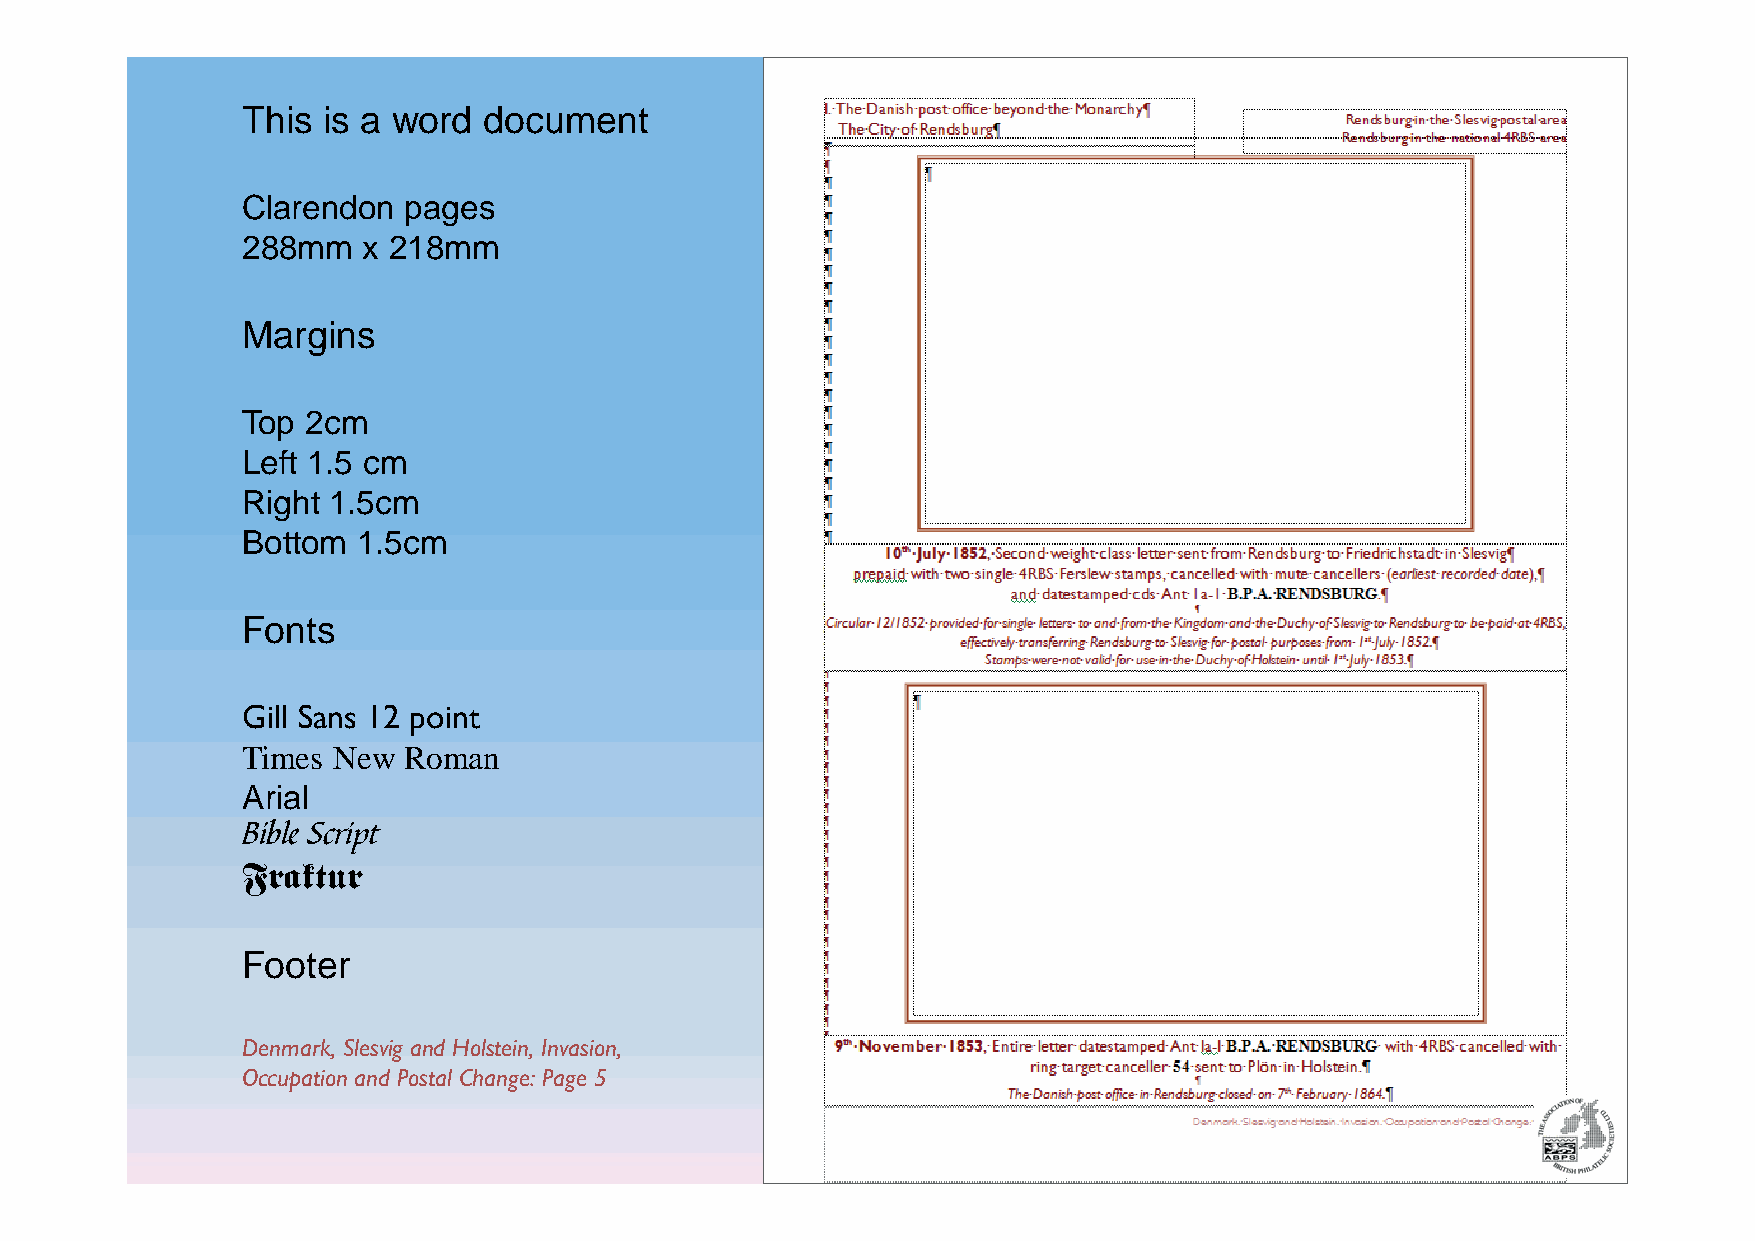
This is a word  document
 Clarendon  pages
 288mm   x 218mm
 Margins
 Top 2cm
 Left 1.5 cm
 Right 1.5cm
 Bottom  1.5cm
 Fonts
 Gill Sans 12 point
 Times New  Roman
 Arial
 Bible Script
 Fraktur
 Footer
 Denmark, Slesvig and Holstein, Invasion,
 Occupation and Postal Change: Page 5